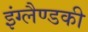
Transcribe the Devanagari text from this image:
इंग्लैण्डकी